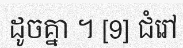
ដូចគ្នា ។ [9] ជំរៅ